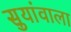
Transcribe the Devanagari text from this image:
सुयांवाला